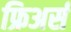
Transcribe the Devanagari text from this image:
फ्रिअर्स